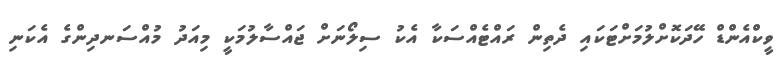
ވީކްއެންޑް ހޭދަކޮށްލުމަށްޓަކައި ދެތިން ރައްޓެއްސަކާ އެކު ސިލޯނަށް ޖައްސާލުމަކީ މިއަދު މުއްސަނދިންގެ އެކަނި